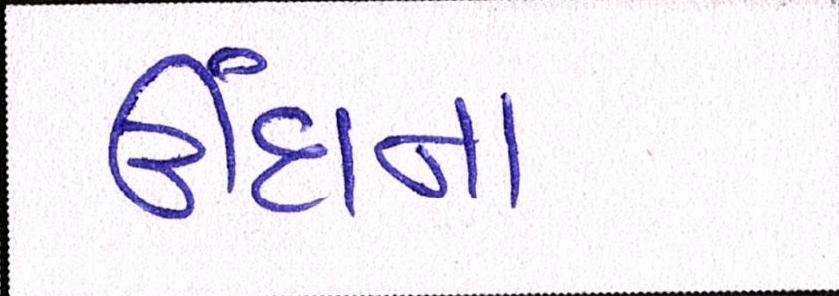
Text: ઊંઘના